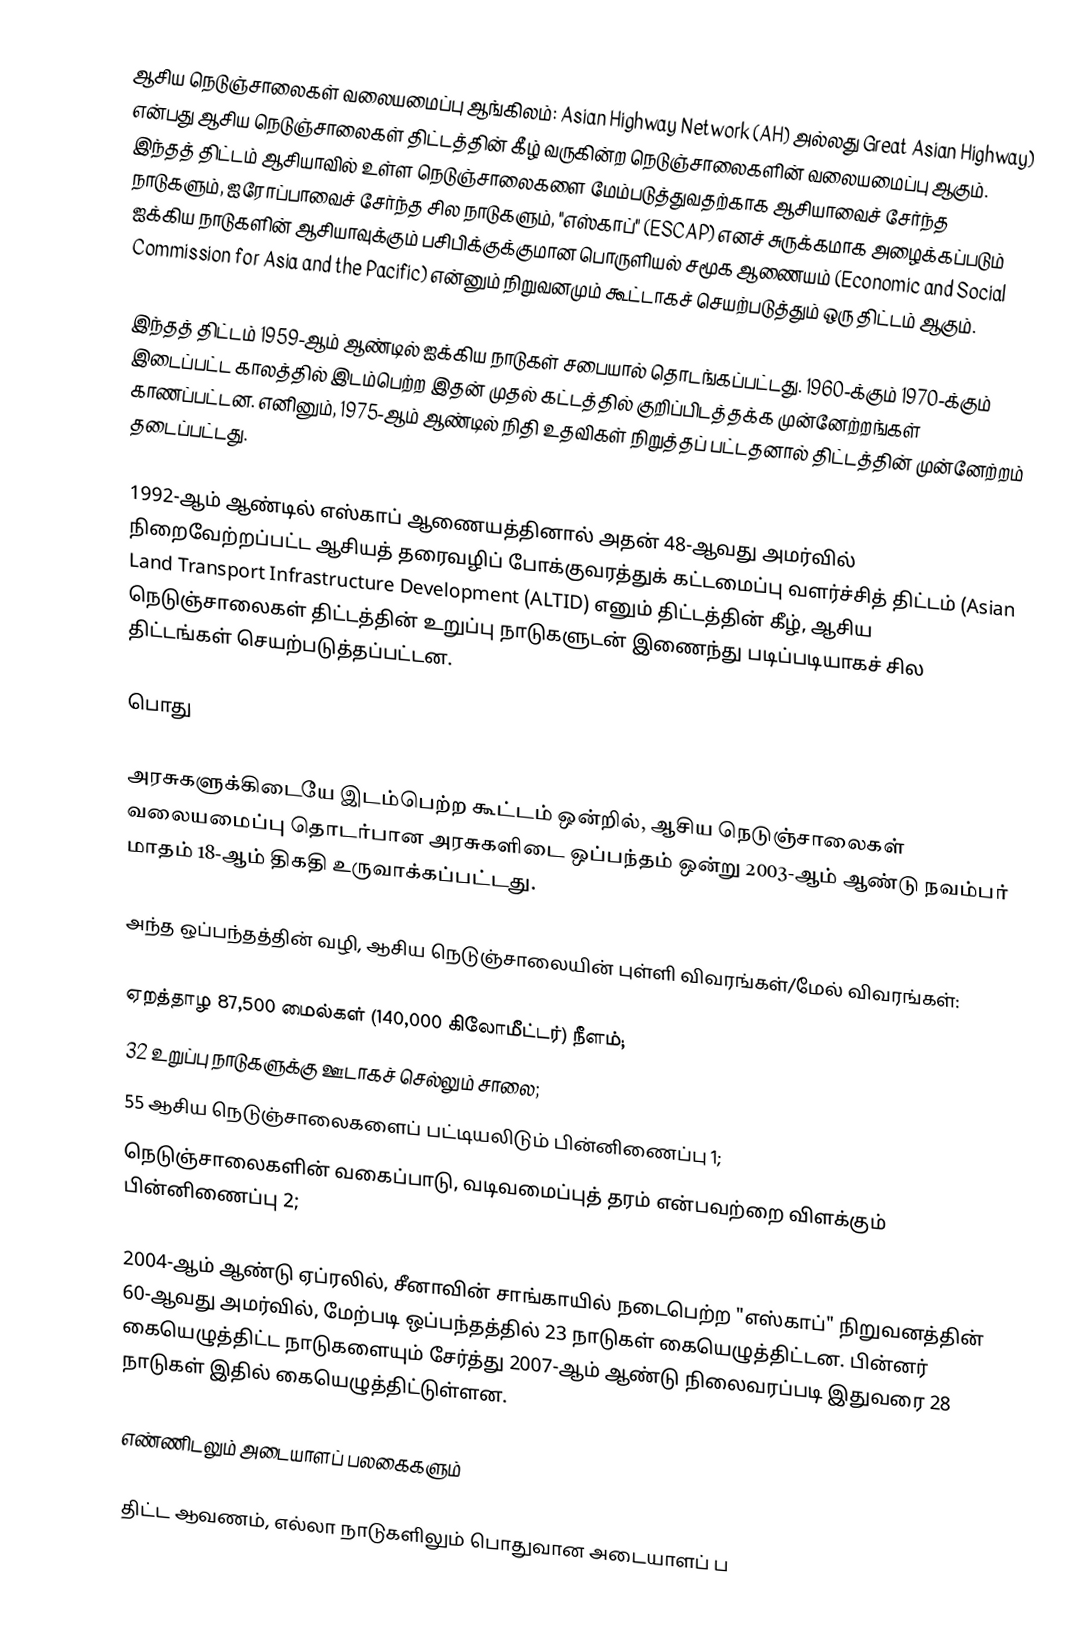
ஆசிய நெடுஞ்சாலைகள் வலையமைப்பு ஆங்கிலம்: Asian Highway Network (AH) அல்லது Great Asian Highway) என்பது ஆசிய நெடுஞ்சாலைகள் திட்டத்தின் கீழ் வருகின்ற நெடுஞ்சாலைகளின் வலையமைப்பு ஆகும். இந்தத் திட்டம் ஆசியாவில் உள்ள நெடுஞ்சாலைகளை மேம்படுத்துவதற்காக ஆசியாவைச் சேர்ந்த நாடுகளும், ஐரோப்பாவைச் சேர்ந்த சில நாடுகளும், "எஸ்காப்" (ESCAP) எனச் சுருக்கமாக அழைக்கப்படும் ஐக்கிய நாடுகளின் ஆசியாவுக்கும் பசிபிக்குக்குமான பொருளியல் சமூக ஆணையம் (Economic and Social Commission for Asia and the Pacific) என்னும் நிறுவனமும் கூட்டாகச் செயற்படுத்தும் ஒரு திட்டம் ஆகும்.

இந்தத் திட்டம் 1959-ஆம் ஆண்டில் ஐக்கிய நாடுகள் சபையால் தொடங்கப்பட்டது. 1960-க்கும் 1970-க்கும் இடைப்பட்ட காலத்தில் இடம்பெற்ற இதன் முதல் கட்டத்தில் குறிப்பிடத்தக்க முன்னேற்றங்கள் காணப்பட்டன. எனினும், 1975-ஆம் ஆண்டில் நிதி உதவிகள் நிறுத்தப் பட்டதனால் திட்டத்தின் முன்னேற்றம் தடைப்பட்டது.

1992-ஆம் ஆண்டில் எஸ்காப் ஆணையத்தினால் அதன் 48-ஆவது அமர்வில் நிறைவேற்றப்பட்ட ஆசியத் தரைவழிப் போக்குவரத்துக் கட்டமைப்பு வளர்ச்சித் திட்டம் (Asian Land Transport Infrastructure Development (ALTID) எனும் திட்டத்தின் கீழ், ஆசிய நெடுஞ்சாலைகள் திட்டத்தின் உறுப்பு நாடுகளுடன் இணைந்து படிப்படியாகச் சில திட்டங்கள் செயற்படுத்தப்பட்டன.

பொது

அரசுகளுக்கிடையே இடம்பெற்ற கூட்டம் ஒன்றில், ஆசிய நெடுஞ்சாலைகள் வலையமைப்பு தொடர்பான அரசுகளிடை ஒப்பந்தம் ஒன்று 2003-ஆம் ஆண்டு நவம்பர் மாதம் 18-ஆம் திகதி உருவாக்கப்பட்டது.

அந்த ஒப்பந்தத்தின் வழி, ஆசிய நெடுஞ்சாலையின் புள்ளி விவரங்கள்/மேல் விவரங்கள்:

 ஏறத்தாழ 87,500 மைல்கள் (140,000 கிலோமீட்டர்) நீளம்;
 32 உறுப்பு நாடுகளுக்கு ஊடாகச் செல்லும் சாலை;
 55 ஆசிய நெடுஞ்சாலைகளைப் பட்டியலிடும் பின்னிணைப்பு 1;
 நெடுஞ்சாலைகளின் வகைப்பாடு, வடிவமைப்புத் தரம் என்பவற்றை விளக்கும் பின்னிணைப்பு 2;

2004-ஆம் ஆண்டு ஏப்ரலில், சீனாவின் சாங்காயில் நடைபெற்ற "எஸ்காப்" நிறுவனத்தின் 60-ஆவது அமர்வில், மேற்படி ஒப்பந்தத்தில் 23 நாடுகள் கையெழுத்திட்டன. பின்னர் கையெழுத்திட்ட நாடுகளையும் சேர்த்து 2007-ஆம் ஆண்டு நிலைவரப்படி இதுவரை 28 நாடுகள் இதில் கையெழுத்திட்டுள்ளன.

எண்ணிடலும் அடையாளப் பலகைகளும்

திட்ட ஆவணம், எல்லா நாடுகளிலும் பொதுவான அடையாளப் ப